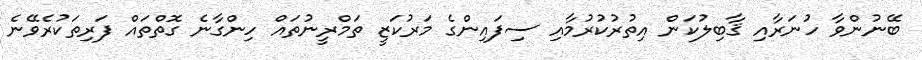
ބޭނުންވާ ހުނަރާއި ޤާބިލުކަން އިތުރުކުރުމާއި ސިފައިންގެ މަރުކަޒީ ތަމްރީނުތައް ހިންގާނެ ގޮތްތައް ފަރިތަކުރެވޭނެ